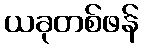
ယခုတစ်ဖန်